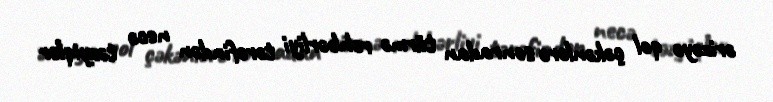
ərizəyə qol çəkənlərə sonradan türmə rəhbərliyi tərəfindən necə təzyiqlər